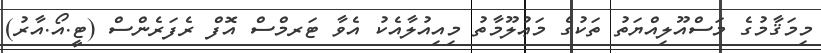
މިމަޤާމުގެ މަސްއޫލިއްޔަތު ތަކުގެ މަޢުލޫމާތު މިއިއުލާއެކު އެވާ ޓަރމްސް އޮފް ރެފަރެންސް (ޓީ.އޯ.އާރު)